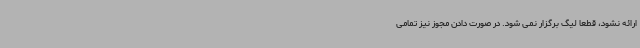
ارائه نشود، قطعا لیگ برگزار نمی شود. در صورت دادن مجوز نیز تمامی